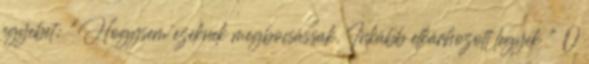
egyebet: "Hogysem ezeknek megbocsássak, Inkább elkárhozott legyek " 0